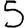
Digit: 5